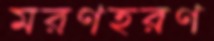
মরণহরণ